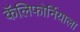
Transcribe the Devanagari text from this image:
कॅलिफोर्नियाला